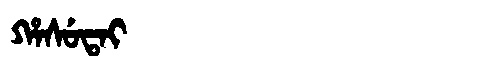
Manchu: ᡥᠠᠰᡠᡨᠠᡳ
Romanization: HASUTAI